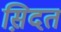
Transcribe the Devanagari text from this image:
स़िदत